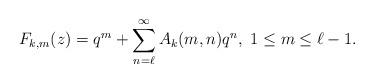
LaTeX: \begin{align*}F_{k,m}(z) &= q^m + \sum_{n = \ell}^\infty A_k(m,n) q^n, \ 1 \leq m \leq \ell - 1.\end{align*}